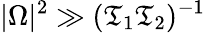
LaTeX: |\Omega|^{2}\gg(\mathfrak{T}_{1}\mathfrak{T}_{2})^{-1}